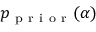
p _ { \mathrm { ~ p ~ r ~ i ~ o ~ r ~ } } ( \alpha )